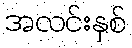
အလင်းနှစ်